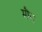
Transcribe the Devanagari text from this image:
मौंग